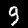
Digit: 9